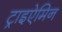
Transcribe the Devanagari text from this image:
ट्राइऐमिन